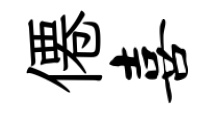
僊喜